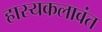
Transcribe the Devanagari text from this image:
हास्यकलावंत